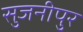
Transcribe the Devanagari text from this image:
सुजनीपुर